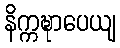
နိက္ကဍ္ဎာပေယျ